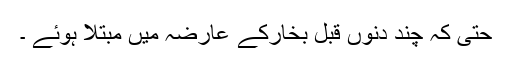
حتی کہ چند دنوں قبل بخارکے عارضہ میں مبتلا ہوئے ۔